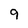
Character: 9